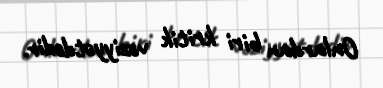
Onlardan biri kritik vəziyyətdədir.